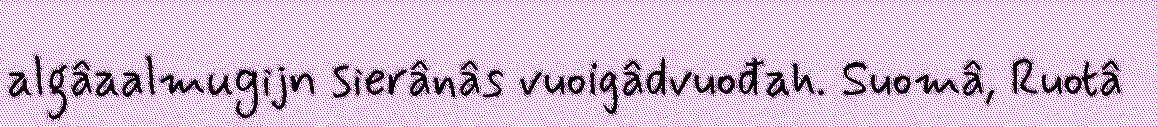
algâaalmugijn sierânâs vuoigâdvuođah. Suomâ, Ruotâ